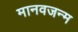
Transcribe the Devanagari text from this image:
मानवजन्म